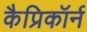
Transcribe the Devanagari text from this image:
कैप्रिकॉर्न